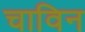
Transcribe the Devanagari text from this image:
चाविन